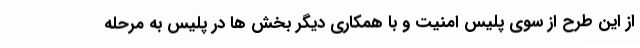
از این طرح از سوی پلیس امنیت و با همکاری دیگر بخش ها در پلیس به مرحله